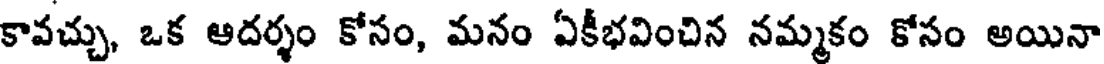
కావచ్చు, ఒక ఆదర్శం కోసం, మనం ఏకీభవించిన నమ్మకం కోసం అయినా